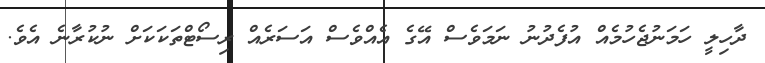
ދާހިލީ ހަމަނުޖެހުމެއް އުފެދުނު ނަމަވެސް އޭގެ އެއްވެސް އަސަރެއް ރިސޯޓްތަކަކަށް ނުކުރާނެ އެވެ.